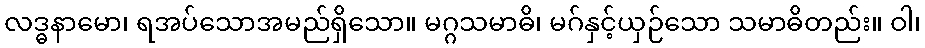
လဒ္ဓနာမော၊ ရအပ်သောအမည်ရှိသော။ မဂ္ဂသမာဓိ၊ မဂ်နှင့်ယှဉ်သော သမာဓိတည်း။ ဝါ၊